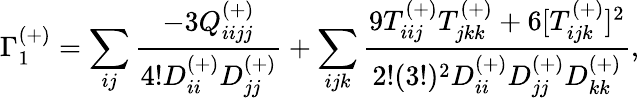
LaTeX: \Gamma_{1}^{(+)}=\sum_{ij}\frac{-3Q_{iijj}^{(+)}}{4!D_{ii}^{(+)}D_{jj}^{(+)}}+\sum_{ijk}\frac{9T_{iij}^{(+)}T_{jkk}^{(+)}+6[T_{ijk}^{(+)}]^{2}}{2!(3!)^{2}D_{ii}^{(+)}D_{jj}^{(+)}D_{kk}^{(+)}},